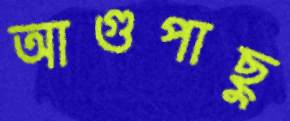
আগুপাছু